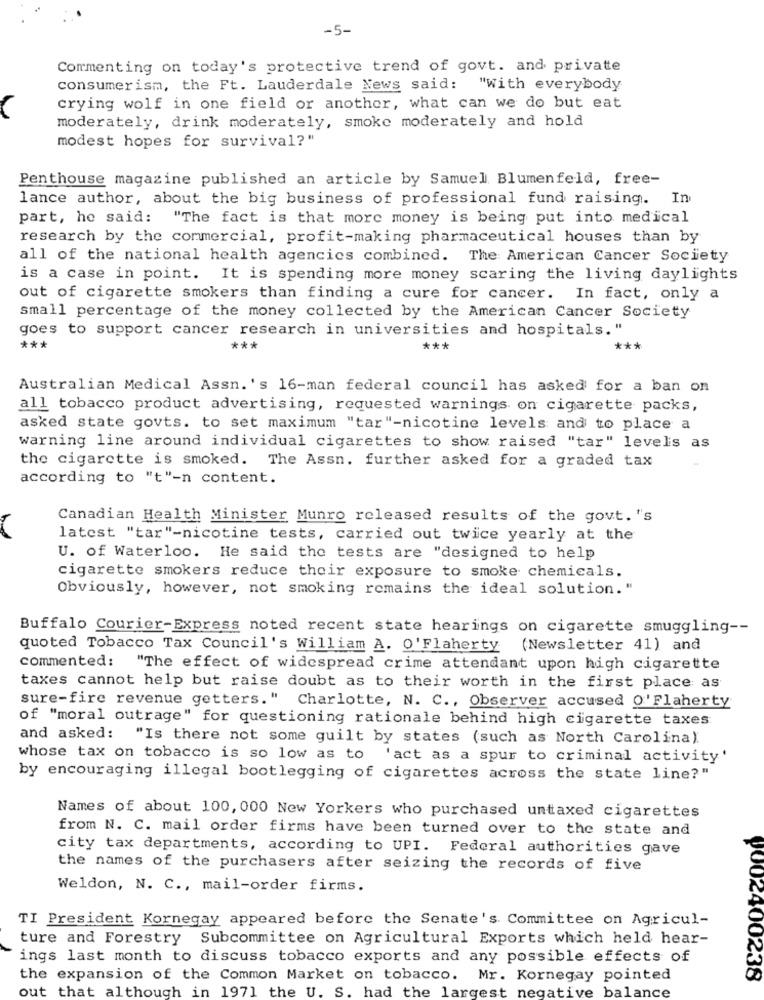
-5-
Commenting on today's protective trend of govt. and private
consumerism, the Ft. Lauderdale News said: "With everybody
crying wolf in one field or another, what can we do but eat
moderately, drink moderately, smoke moderately and hold
modest hopes for survival?"
Penthouse magazine published an article by Samuel Blumenfeld, free-
lance author, about the big business of professional fund raising. In
part, he said: "The fact is that more money is being put into medical
research by the commercial, profit-making pharmaceutical houses than by
all of the national health agencies combined. The American Cancer Society
is a case in point. It is spending more money scaring the living daylights
out of cigarette smokers than finding a cure for cancer. In fact, only a
small percentage of the money collected by the American Cancer Society
goes to support cancer research in universities and hospitals."
***
***
***
***
Australian Medical Assn.'s 16-man federal council has asked for a ban on
all tobacco product advertising, requested warnings on cigarette packs,
asked state govts. to set maximum "tar"-nicotine levels and to place a
warning line around individual cigarettes to show raised "tar" levels as
the cigarette is smoked. The Assn. further asked for a graded tax
according to "t"-n content.
Canadian Health Minister Munro released results of the govt. "s
latest "tar"-nicotine tests, carried out twice yearly at the
U. of Waterloo. He said the tests are "designed to help
cigarette smokers reduce their exposure to smoke chemicals.
Obviously, however, not smoking remains the ideal solution."
Buffalo Courier-Express noted recent state hearings on cigarette smuggling --
quoted Tobacco Tax Council's William A. O'Flaherty (Newsletter 41) and
commented: "The effect of widespread crime attendant upon high cigarette
taxes cannot help but raise doubt as to their worth in the first place as
sure-fire revenue getters." Charlotte, N. C ., Observer accused O'Flaherty
of "moral outrage" for questioning rationale behind high cigarette taxes:
and asked: "Is there not some guilt by states (such as North Carolina).
whose tax on tobacco is so low as to 'act as a spur to criminal activity'
by encouraging illegal bootlegging of cigarettes across the state line?"
Names of about 100, 000 New Yorkers who purchased untaxed cigarettes
from N. C. mail order firms have been turned over to the state and
city tax departments, according to UPI. Federal authorities gave
the names of the purchasers after seizing the records of five
Weldon, N. C ., mail-order firms.
TI President Kornegay appeared before the Senate's Committee on Agricul-
ture and Forestry Subcommittee on Agricultural Exports which held hear-
ings last month to discuss tobacco exports and any possible effects of
the expansion of the Common Market on tobacco. Mr. Kornegay pointed
9002400238
out that although in 1971 the U. S. had the largest negative balance